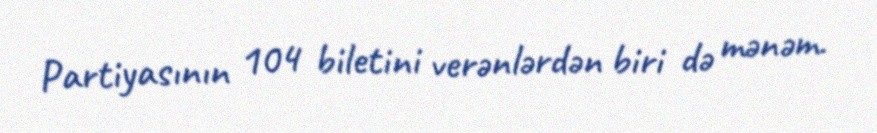
Partiyasının 104 biletini verənlərdən biri də mənəm.